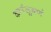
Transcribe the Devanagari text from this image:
कर्णसुबर्ण